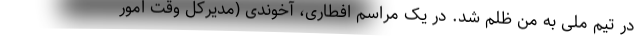
در تیم ملی به من ظلم شد. در یک مراسم افطاری، آخوندی (مدیرکل وقت امور